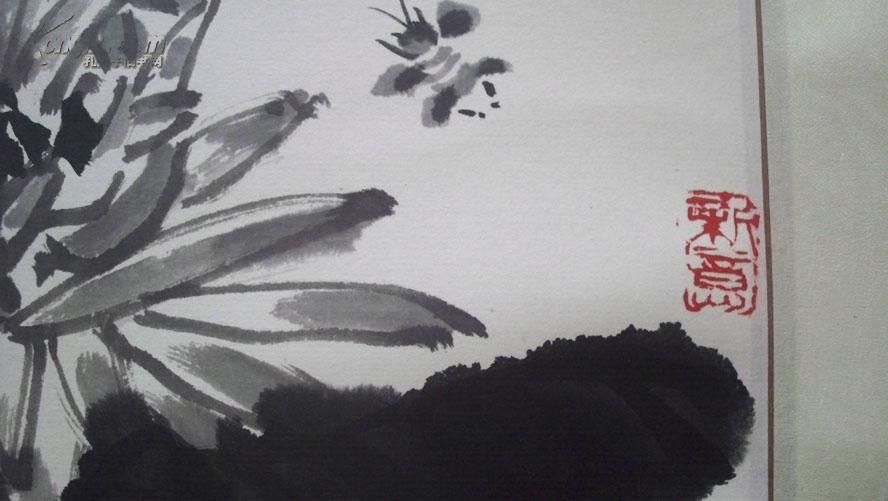
老圃好栽培，菊花五月开。